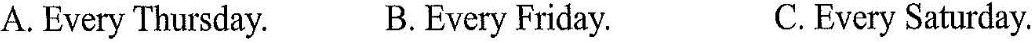
A. Every Thursday. B.Every Friday. C.Every Saturday.